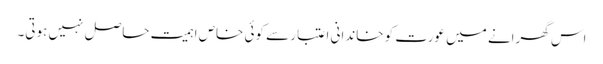
اس گھرانے میں عورت کو خاندانی اعتبار سے کوئی خاص اہمیت حاصل نہیں ہوتی۔